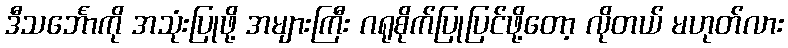
ဒီသင်္ဘောကို အသုံးပြုဖို့ အများကြီး ဂရုစိုက်ပြုပြင်ဖို့တော့ လိုတယ် မဟုတ်လား